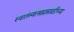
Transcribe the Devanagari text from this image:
स्वातंत्र्यलढ्यासाठीच्या